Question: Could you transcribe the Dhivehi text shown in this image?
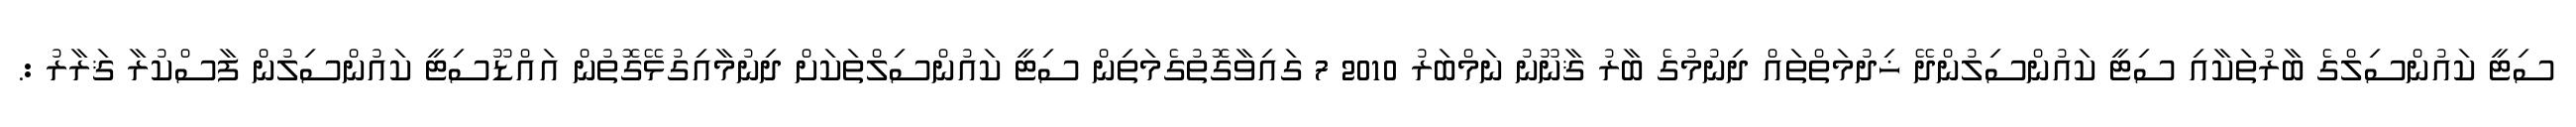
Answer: ސިޓީ ކައުންސިލްގެ ބާރުތަކާއި ސިޓީ ކައުންސިލުންދޭ ޚިދުމަތްތައް ދިނުމުގެ ބާރު ޤާނޫނު ނަމްބަރު 2010 7 ގައިވާގޮތުގެމަތިން ސިޓީ ކައުންސިލްތަކަށް ދިނުމާއިގުޅޭގޮތުން އައްޑޫސިޓީ ކައުންސިލުން ފާސްކުރާ ޤަރާރު :.